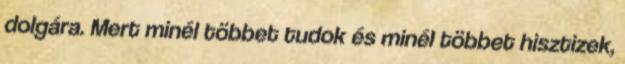
dolgára. Mert minél többet tudok és minél többet hisztizek,